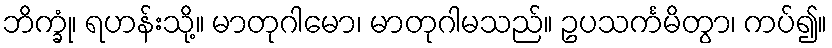
ဘိက္ခုံ၊ ရဟန်းသို့။ မာတုဂါမော၊ မာတုဂါမသည်။ ဥပသင်္ကမိတွာ၊ ကပ်၍။